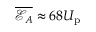
\overline { { \mathcal { E } _ { A } } } \approx 6 8 U _ { \mathrm { p } }